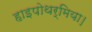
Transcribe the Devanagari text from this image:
हाइपोथर्मिया।